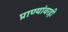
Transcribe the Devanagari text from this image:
प्राण्यांवरही